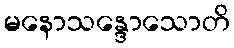
မနောသန္ဒောသောတိ